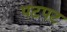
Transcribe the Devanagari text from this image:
पटपट